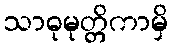
သာဓုမုတ္တိကာမှိ